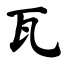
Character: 瓦